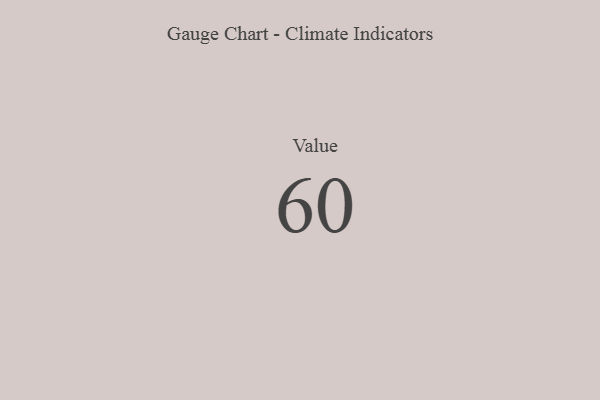
{"axis": {"x": "Metric", "y": "Value"}, "legend": [""], "data": [{"x": "Value", "y": 60, "type": ""}]}